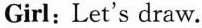
Girl: Let's draw.